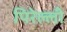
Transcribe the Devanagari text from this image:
पिरेल्ली